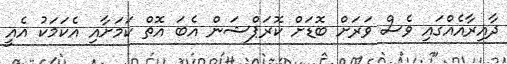
ދާއިރާއެއްގައި ވެސް ވަރަށް ބޮޑަށް ކޮރަޕްޝަން އެބަ އޮތް ކަމަށާއި އެކަމަކު އެއީ